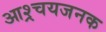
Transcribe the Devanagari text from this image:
आश्र्चयजनक